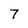
Character: 7